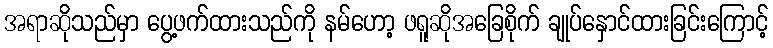
အရာဆိုသည်မှာ ပွေ့ဖက်ထားသည်ကို နမ်ဟော့ ဖရူဆိုအခြေစိုက် ချုပ်နှောင်ထားခြင်းကြောင့်